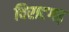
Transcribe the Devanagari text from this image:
विराटगढ़